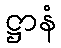
ဋ္ဌာနံ